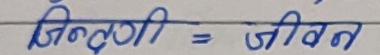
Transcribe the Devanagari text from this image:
जिन्दगी = जीवन